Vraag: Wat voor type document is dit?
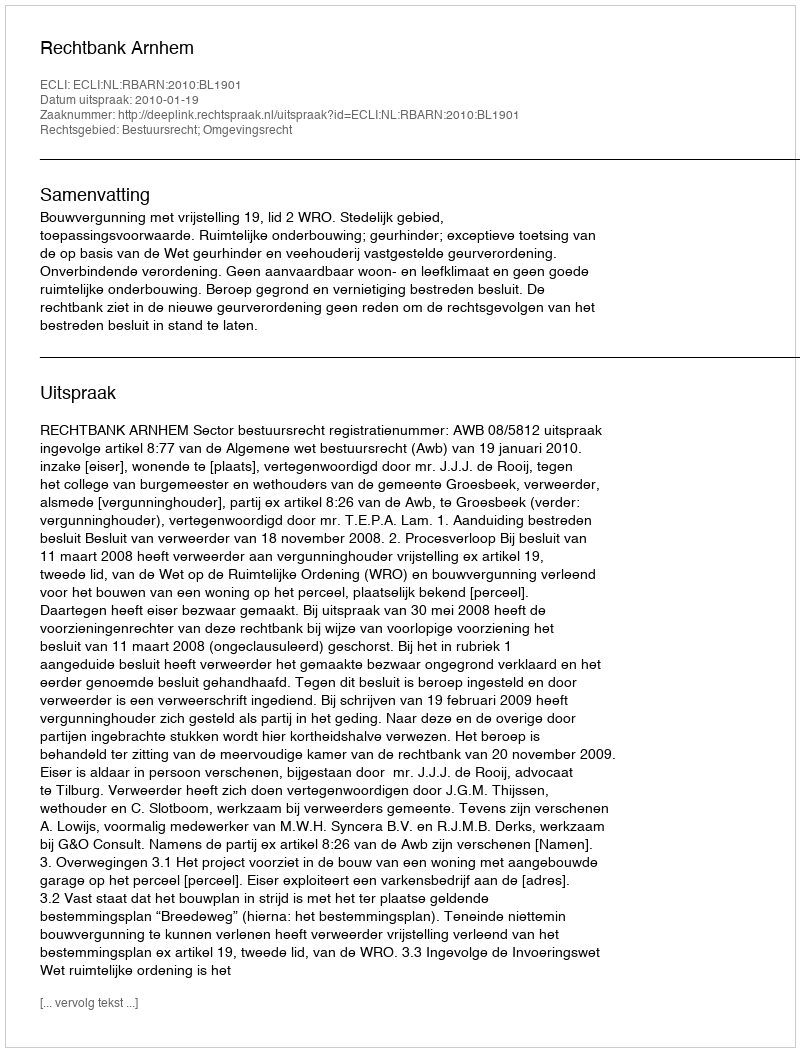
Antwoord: Uitspraak